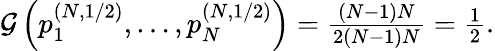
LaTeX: \begin{array}{r}{\mathcal{G}\left(p_{1}^{(N,1/2)},\dots,p_{N}^{(N,1/2)}\right)=\frac{(N-1)N}{2(N-1)N}=\frac{1}{2}.}\end{array}